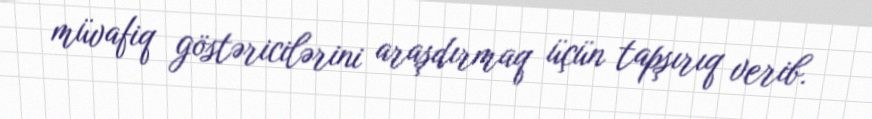
müvafiq göstəricilərini araşdırmaq üçün tapşırıq verib.